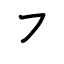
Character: ㇇